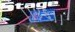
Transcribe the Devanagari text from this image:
।।४६।।